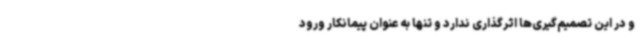
و در این تصمیم‌گیری‌ها اثرگذاری ندارد و تنها به عنوان پیمانکار ورود